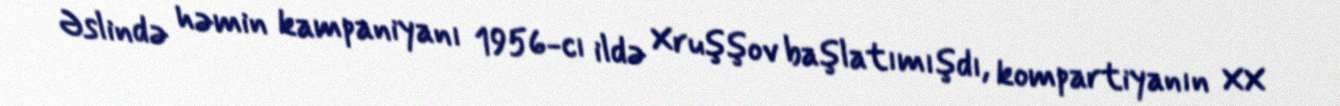
Əslində həmin kampaniyanı 1956-cı ildə Xruşşov başlatımışdı, kompartiyanın XX